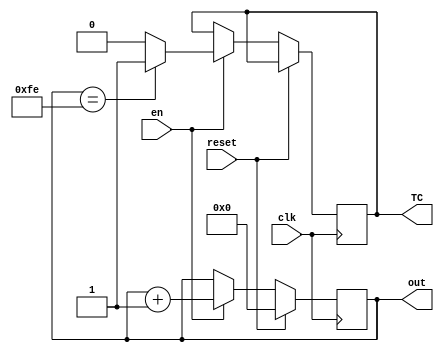
///////////////////////////////////////////////////////////////////////////////////////////////////
// Company: <Name>
//
// File history:
//      <Revision number>: <Date>: <Comments>
//      <Revision number>: <Date>: <Comments>
//      <Revision number>: <Date>: <Comments>
//
// Description: 
//
// <Description here>
//
// Targeted device: <Family::SmartFusion> <Die::A2F200M3F> <Package::484 FBGA>
//
/////////////////////////////////////////////////////////////////////////////////////////////////// 

//`timescale <time_units> / <precision>
module counter 
(
    input clk, reset, en,
    output reg TC,
    output [7:0] out
);

reg [7:0] temp;

// Implement counter
always @(posedge clk)
   begin
	if(reset == 1)
      begin
		temp = 8'b0;
      end
	else if (en == 1)
        begin
		temp = temp + 8'b1;
		
		if(out == 8'b11111110)
            begin
			TC = 1;
            end
		else
            begin
			TC = 0;
            end
        end
    end

    assign out = temp;

endmodule